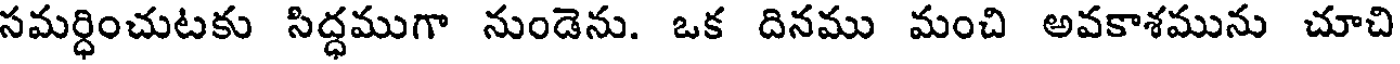
సమర్ధించుటకు సిద్ధముగా నుండెను. ఒక దినము మంచి అవకాశమును చూచి